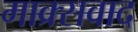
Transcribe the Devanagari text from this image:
माक्र्सवाद